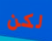
لكن